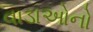
વાડાઓનો